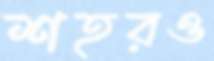
শহরও